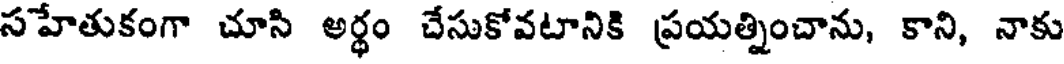
సహేతుకంగా చూసి అర్థం చేసుకోవటానికి ప్రయత్నించాను, కాని, నాకు